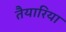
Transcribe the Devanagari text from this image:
तैयारिया